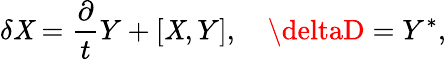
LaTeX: \delta\mathit{X}=\frac{{\partial}}{{t}}Y+[\mathit{X},Y],\quad\deltaD=Y^{*},